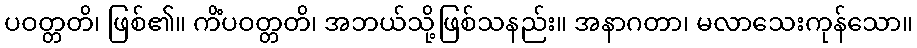
ပဝတ္တတိ၊ ဖြစ်၏။ ကိံပဝတ္တတိ၊ အဘယ်သို့ဖြစ်သနည်း။ အနာဂတာ၊ မလာသေးကုန်သော။